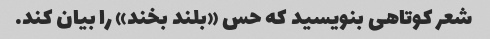
شعر کوتاهی بنویسید که حس «بلند بخند» را بیان کند.